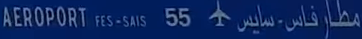
AEROPORT FES-SAIS